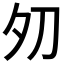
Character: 𱘦